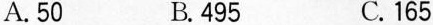
A.50 B.495 C.165